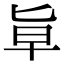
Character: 㔬